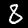
Digit: 8